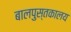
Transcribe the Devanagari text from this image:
बालपुस्तकालय